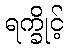
ရက္ခိုင့်